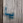
يا